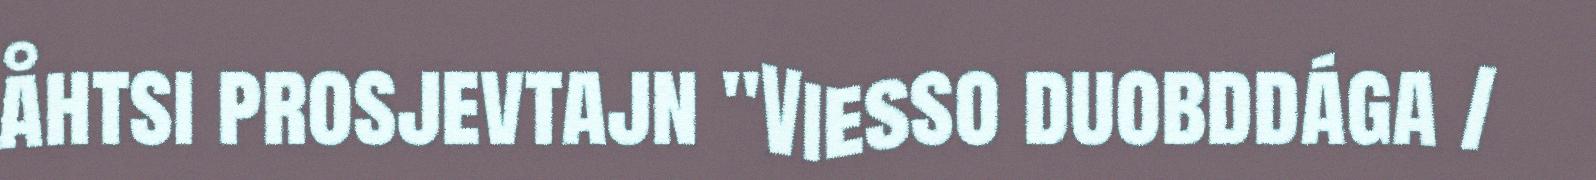
åhtsi prosjevtajn "Viesso duobddága /